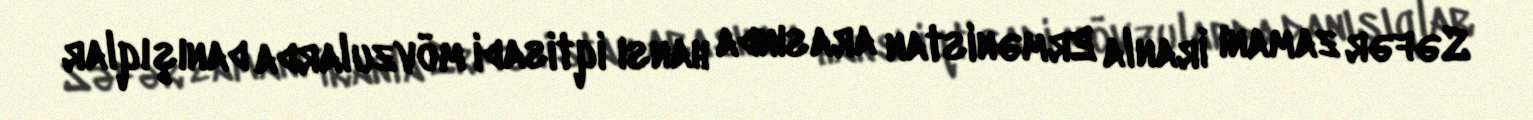
Səfər zamanı İranla Ermənistan arasında hansı iqtisadi mövzularda danışıqlar